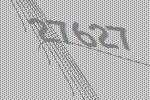
27627